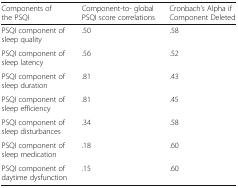
<table><thead><tr><td><b>Components of the PSQI</b></td><td><b>Component-to- global PSQI score correlations</b></td><td><b>Cronbach’s Alpha if Component Deleted</b></td></tr></thead><tbody><tr><td>PSQI component of sleep quality</td><td>.50</td><td>.58</td></tr><tr><td>PSQI component of sleep latency</td><td>.56</td><td>.52</td></tr><tr><td>PSQI component of sleep duration</td><td>.81</td><td>.43</td></tr><tr><td>PSQI component of sleep efficiency</td><td>.81</td><td>.45</td></tr><tr><td>PSQI component of sleep disturbances</td><td>.34</td><td>.58</td></tr><tr><td>PSQI component of sleep medication</td><td>.18</td><td>.60</td></tr><tr><td>PSQI component of daytime dysfunction</td><td>.15</td><td>.60</td></tr></tbody></table>